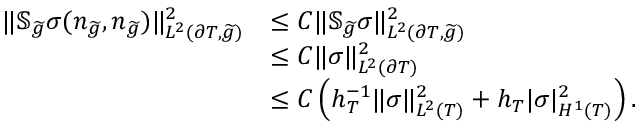
\begin{array} { r l } { \| \mathbb { S } _ { \widetilde { g } } \sigma ( n _ { \widetilde { g } } , n _ { \widetilde { g } } ) \| _ { L ^ { 2 } ( \partial T , \widetilde { g } ) } ^ { 2 } } & { \le C \| \mathbb { S } _ { \widetilde { g } } \sigma \| _ { L ^ { 2 } ( \partial T , \widetilde { g } ) } ^ { 2 } } \\ & { \le C \| \sigma \| _ { L ^ { 2 } ( \partial T ) } ^ { 2 } } \\ & { \le C \left( h _ { T } ^ { - 1 } \| \sigma \| _ { L ^ { 2 } ( T ) } ^ { 2 } + h _ { T } | \sigma | _ { H ^ { 1 } ( T ) } ^ { 2 } \right) . } \end{array}